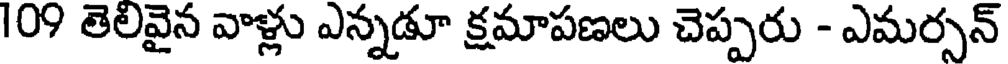
109 తెలివైన వాళ్లు ఎన్నడూ క్షమాపణలు చెప్పరు - ఎమర్సన్